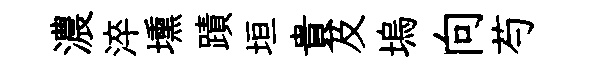
濃淬壎蹟垣貴及塢向芍